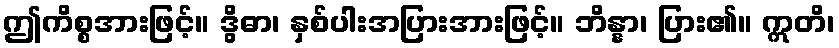
ဤကိစ္စအားဖြင့်။ ဒွိဓာ၊ နှစ်ပါးအပြားအားဖြင့်။ ဘိန္နာ၊ ပြား၏။ ဣတိ၊